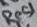
Text: Res1